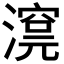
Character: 𣾊